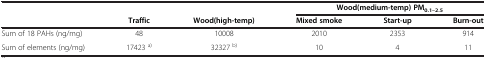
<table><thead><tr><td><b> </b></td><td><b> </b></td><td><b> </b></td><td colspan="3"><b>Wood(medium-temp) PM<sub>0.1–2.5</sub></b></td></tr><tr><td><b> </b></td><td><b>Traffic</b></td><td><b>Wood(high-temp)</b></td><td><b>Mixed smoke</b></td><td><b>Start-up</b></td><td><b>Burn-out</b></td></tr></thead><tbody><tr><td>Sum of 18 PAHs (ng/mg)</td><td>48</td><td>10008</td><td>2010</td><td>2353</td><td>914</td></tr><tr><td>Sum of elements (ng/mg)</td><td>17423 <sup>a)</sup></td><td>32327 <sup>b)</sup></td><td>10</td><td>4</td><td>11</td></tr></tbody></table>